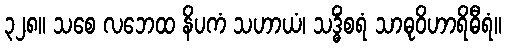
၃၂၈။ သစေ လဘေထ နိပကံ သဟာယံ၊ သဒ္ဓိံစရံ သာဓုဝိဟာရိဓီရံ။